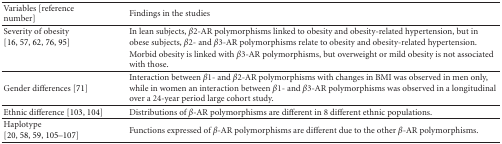
<table><thead><tr><td><b>Variables [reference number]</b></td><td><b>Findings in the studies</b></td></tr></thead><tbody><tr><td>Severity of obesity [16, 57, 62, 76, 95]</td><td>In lean subjects, <i>β</i>2-AR polymorphisms linked to obesity and obesity-related hypertension, but in obese subjects, <i>β</i>2- and <i>β</i>3-AR polymorphisms relate to obesity and obesity-related hypertension.</td></tr><tr><td></td><td>Morbid obesity is linked with <i>β</i>3-AR polymorphisms, but overweight or mild obesity is not associated with those.</td></tr><tr><td>Gender differences [71]</td><td>Interaction between <i>β</i>1- and <i>β</i>2-AR polymorphisms with changes in BMI was observed in men only, while in women an interaction between <i>β</i>1- and <i>β</i>3-AR polymorphisms was observed in a longitudinal over a 24-year period large cohort study.</td></tr><tr><td>Ethnic difference [103, 104]</td><td>Distributions of <i>β</i>-AR polymorphisms are different in 8 different ethnic populations.</td></tr><tr><td>Haplotype [20, 58, 59, 105–107]</td><td>Functions expressed of <i>β</i>-AR polymorphisms are different due to the other <i>β</i>-AR polymorphisms.</td></tr></tbody></table>